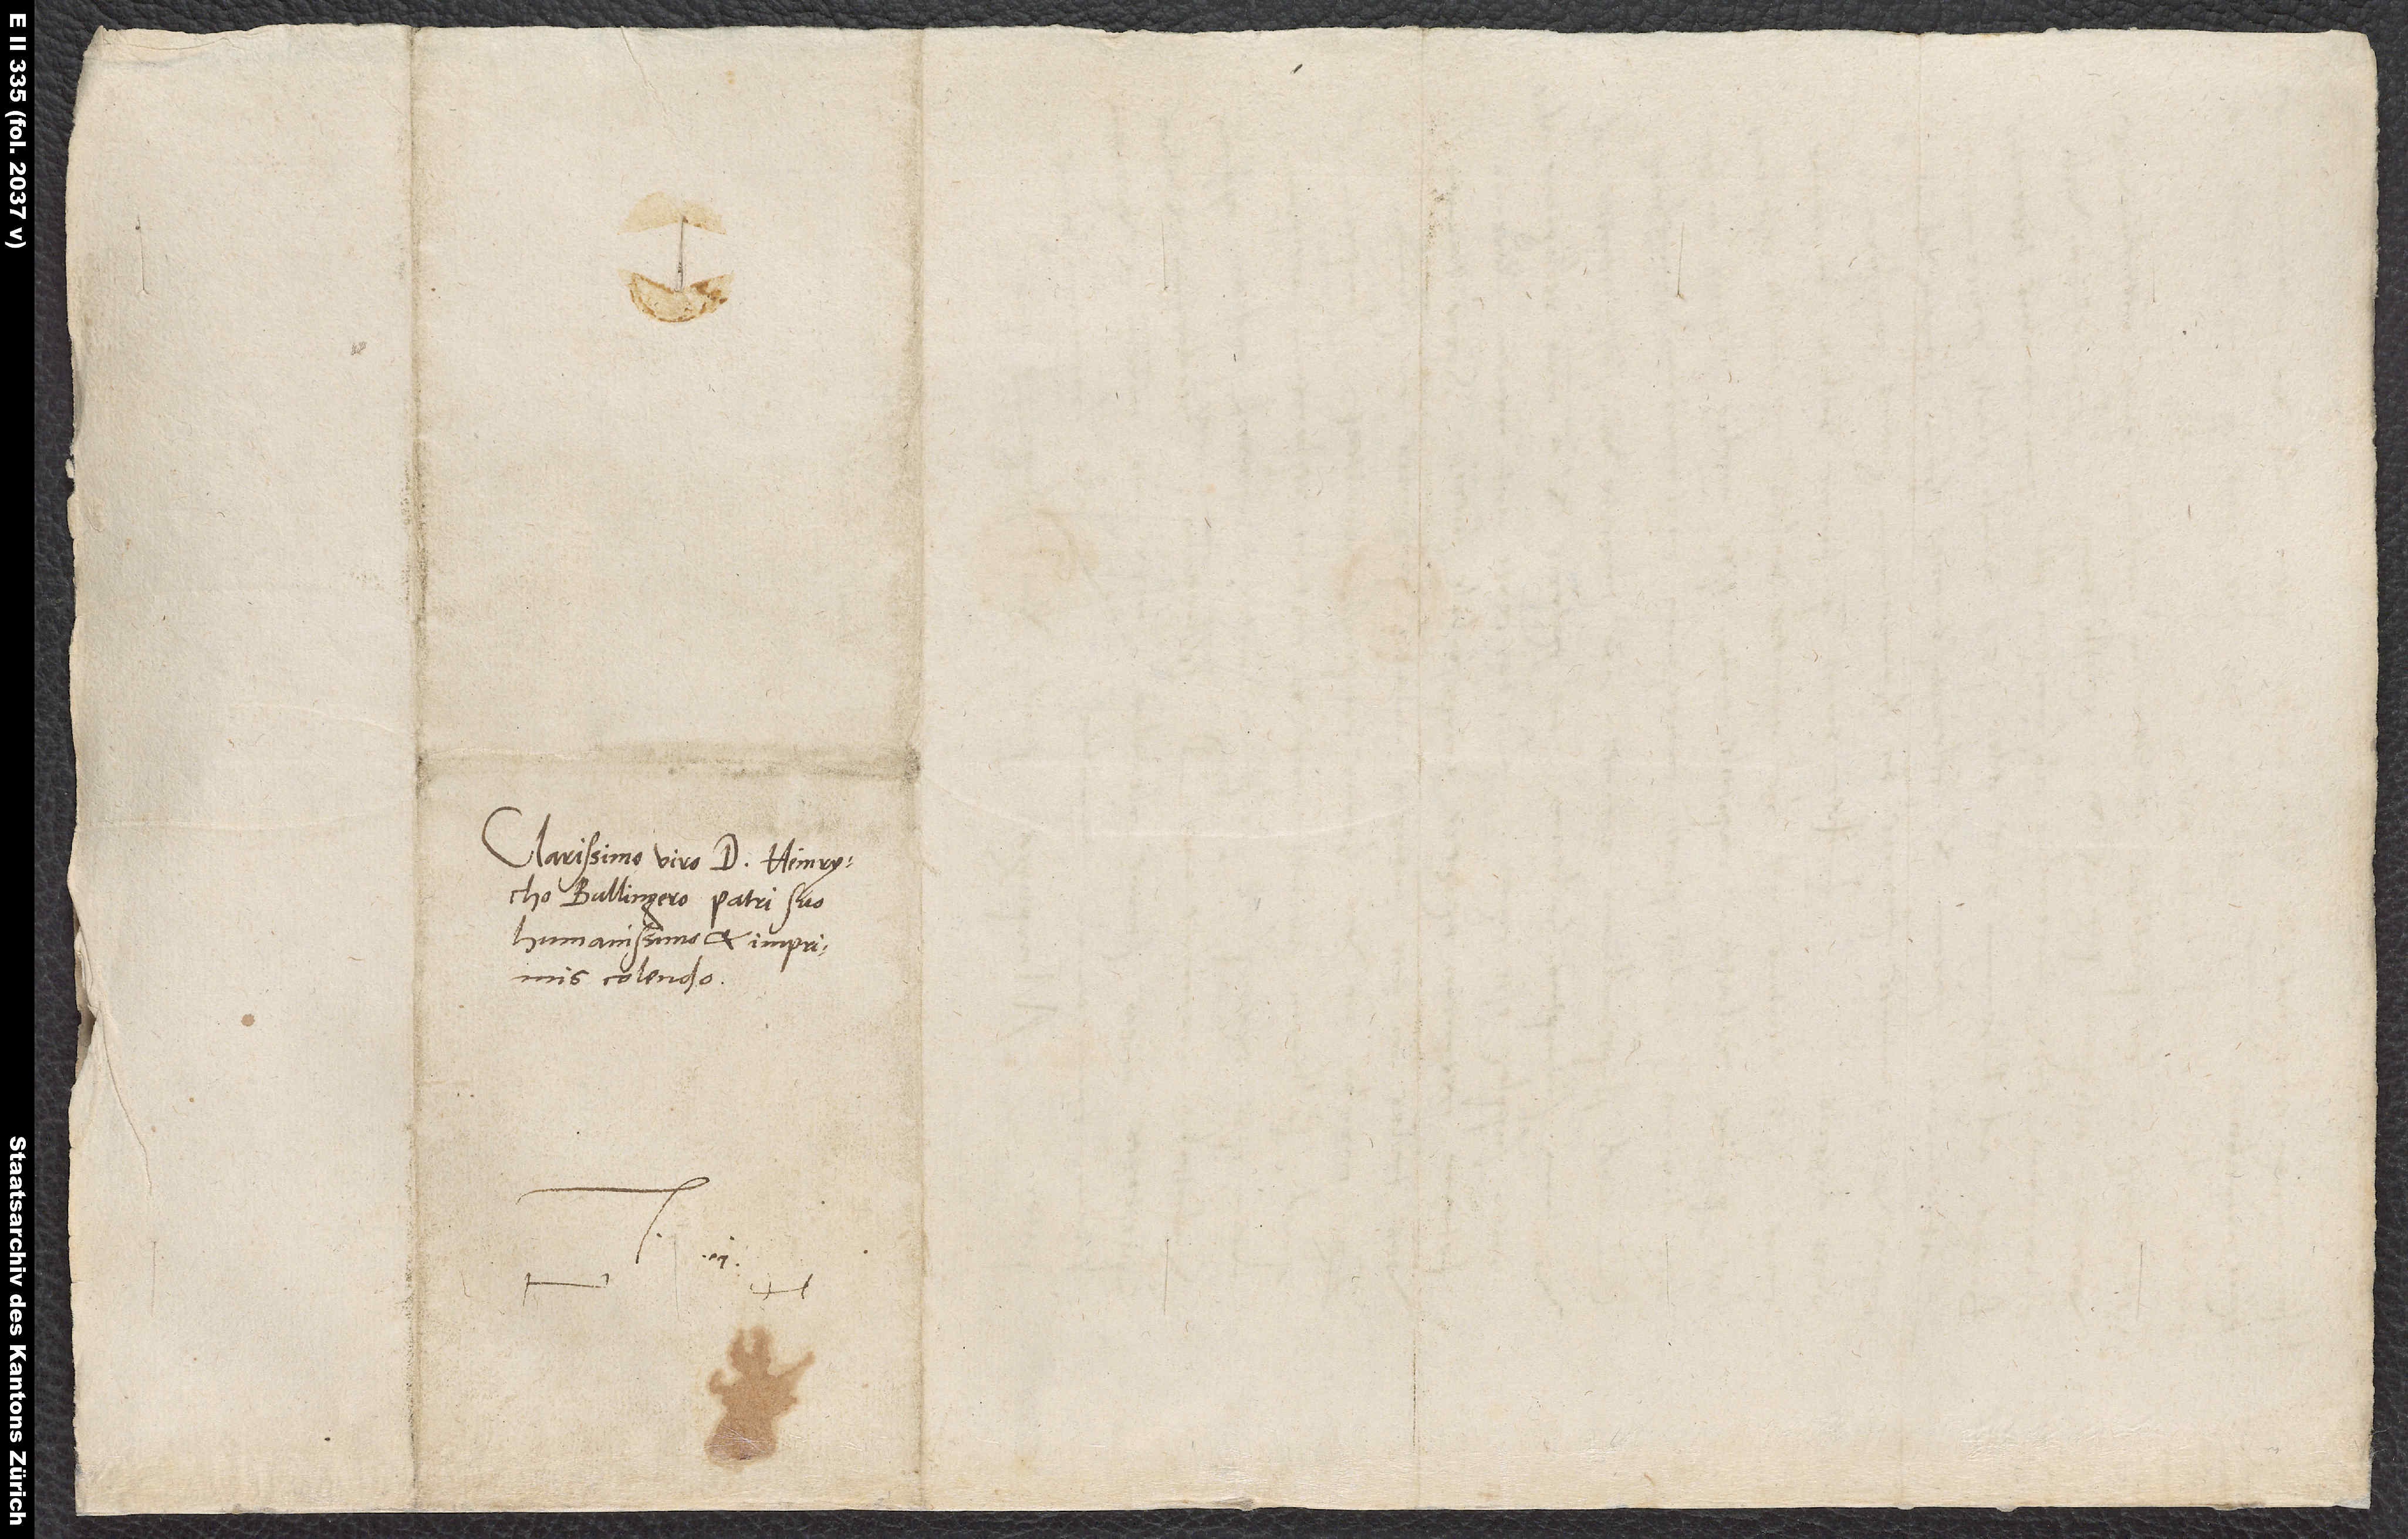
d.

Clarissimo viro d. Heinrycho
Bullingero, patri suo
humanissimo et imprimis
colendo.